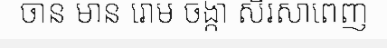
ចាន មាន រោម ចង្កា សិរសាពេញ